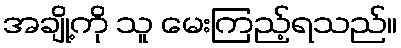
အချို့ကို သူ မေးကြည့်ရသည်။